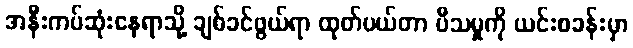
အနီးကပ်ဆုံးနေရာသို့ ချစ်ခင်ဖွယ်ရာ ထုတ်ပယ်တာ ပီသမှုကို ယင်းစခန်းမှာ